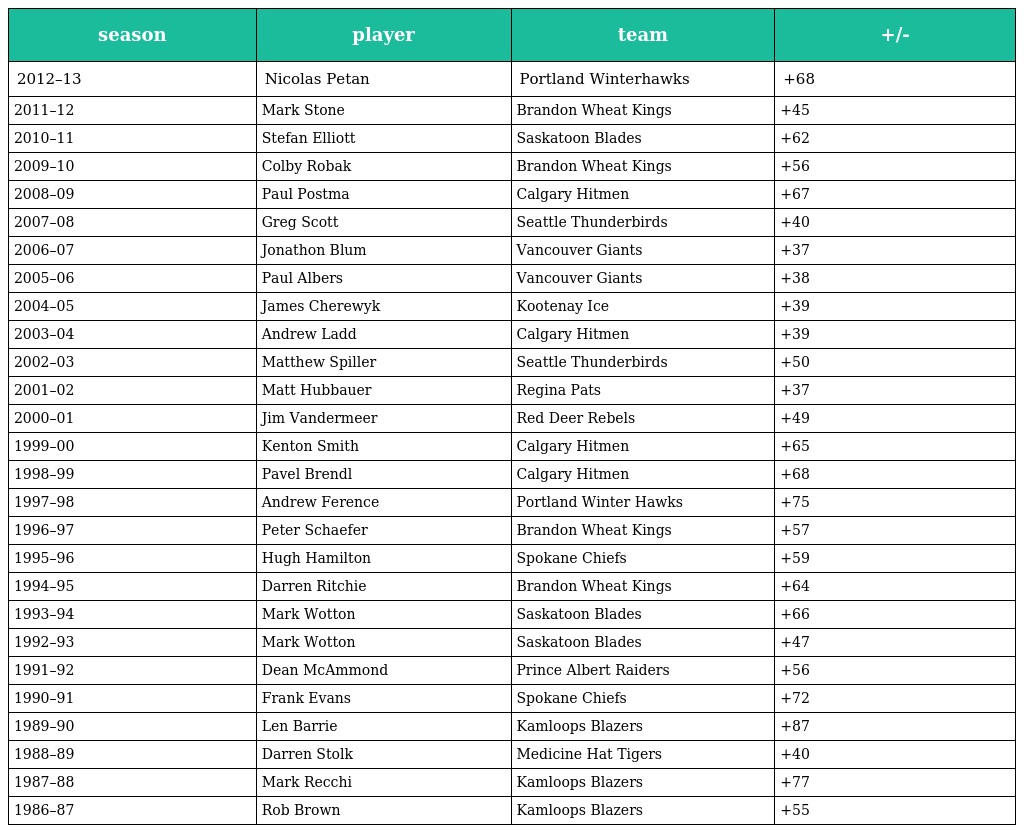
| season | player | team | +/- |
 | --- | --- | --- | --- |
 | 2012–13 | Nicolas Petan | Portland Winterhawks | +68 |
 | 2011–12 | Mark Stone | Brandon Wheat Kings | +45 |
 | 2010–11 | Stefan Elliott | Saskatoon Blades | +62 |
 | 2009–10 | Colby Robak | Brandon Wheat Kings | +56 |
 | 2008–09 | Paul Postma | Calgary Hitmen | +67 |
 | 2007–08 | Greg Scott | Seattle Thunderbirds | +40 |
 | 2006–07 | Jonathon Blum | Vancouver Giants | +37 |
 | 2005–06 | Paul Albers | Vancouver Giants | +38 |
 | 2004–05 | James Cherewyk | Kootenay Ice | +39 |
 | 2003–04 | Andrew Ladd | Calgary Hitmen | +39 |
 | 2002–03 | Matthew Spiller | Seattle Thunderbirds | +50 |
 | 2001–02 | Matt Hubbauer | Regina Pats | +37 |
 | 2000–01 | Jim Vandermeer | Red Deer Rebels | +49 |
 | 1999–00 | Kenton Smith | Calgary Hitmen | +65 |
 | 1998–99 | Pavel Brendl | Calgary Hitmen | +68 |
 | 1997–98 | Andrew Ference | Portland Winter Hawks | +75 |
 | 1996–97 | Peter Schaefer | Brandon Wheat Kings | +57 |
 | 1995–96 | Hugh Hamilton | Spokane Chiefs | +59 |
 | 1994–95 | Darren Ritchie | Brandon Wheat Kings | +64 |
 | 1993–94 | Mark Wotton | Saskatoon Blades | +66 |
 | 1992–93 | Mark Wotton | Saskatoon Blades | +47 |
 | 1991–92 | Dean McAmmond | Prince Albert Raiders | +56 |
 | 1990–91 | Frank Evans | Spokane Chiefs | +72 |
 | 1989–90 | Len Barrie | Kamloops Blazers | +87 |
 | 1988–89 | Darren Stolk | Medicine Hat Tigers | +40 |
 | 1987–88 | Mark Recchi | Kamloops Blazers | +77 |
 | 1986–87 | Rob Brown | Kamloops Blazers | +55 |